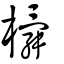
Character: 橓